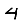
Digit: 4